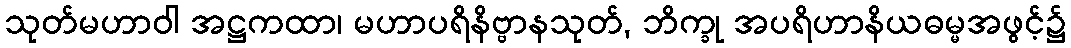
သုတ်မဟာဝါ အဋ္ဌကထာ၊ မဟာပရိနိဗ္ဗာနသုတ်, ဘိက္ခု အပရိဟာနိယဓမ္မအဖွင့်၌